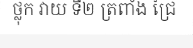
ថ្លុក វាយ ទី២ ត្រពាំង ជ្រៃ